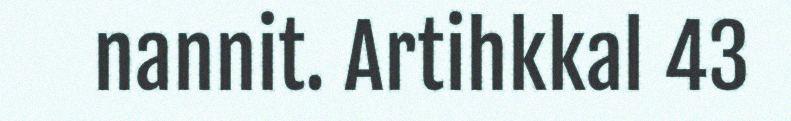
nannit. Artihkkal 43